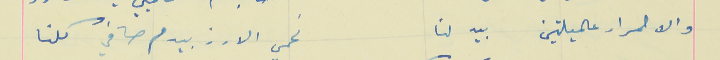
والاحمرار عالميلتين بيدلنا                                    نحمي الارز بيدم صافي كلنا